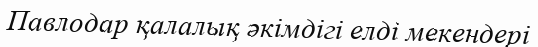
Павлодар қалалық әкімдігі елді мекендері